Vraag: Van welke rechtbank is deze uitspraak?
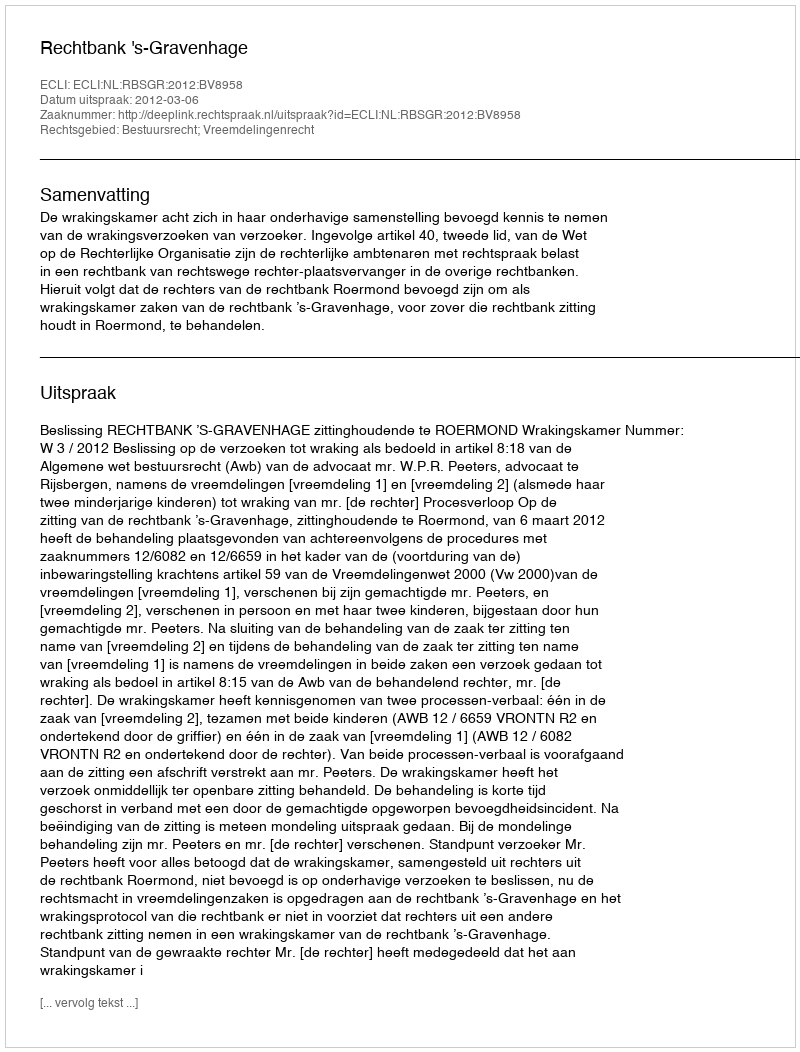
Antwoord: Rechtbank 's-Gravenhage